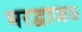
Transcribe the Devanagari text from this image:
भरद्वाजऽ